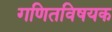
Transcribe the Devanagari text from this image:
गणितविषयक